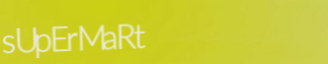
sUpErMaRt